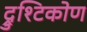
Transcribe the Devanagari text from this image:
द्रुश्टिकोण